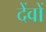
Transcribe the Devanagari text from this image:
देंवों